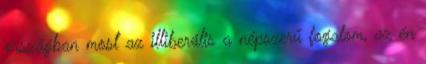
országban most az illiberális a népszerű fogalom, az én